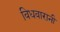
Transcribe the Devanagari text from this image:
विधवारानी